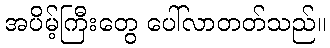
အပိမ့်ကြီးတွေ ပေါ်လာတတ်သည်။